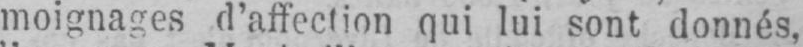
moignages d’affection qui lui sont donnés,